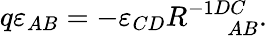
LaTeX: q\varepsilon_{AB}=-\varepsilon_{CD}R_{\; \; \; \; \; AB}^{-1DC}.